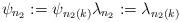
LaTeX: \begin{align*}\psi_{n_2}:=\psi_{n_2(k)} \lambda_{n_2}:=\lambda_{n_2(k)}\end{align*}